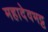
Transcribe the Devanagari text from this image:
महादेवभट्ट